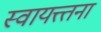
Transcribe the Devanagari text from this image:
स्वायत्त्तना